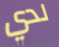
لدي